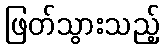
ဖြတ်သွားသည့်